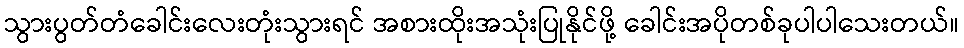
သွားပွတ်တံခေါင်းလေးတုံးသွားရင် အစားထိုးအသုံးပြုနိုင်ဖို့ ခေါင်းအပိုတစ်ခုပါပါသေးတယ်။